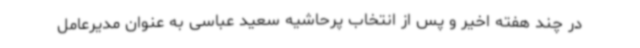
در چند هفته اخیر و پس از انتخاب پرحاشیه سعید عباسی به عنوان مدیرعامل